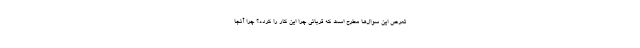
تعرض این سوال‌ها مطرح است که قربانی چرا این کار را کرده؟ چرا آنجا